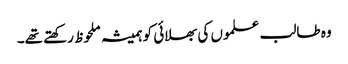
وہ طالب علموں کی بھلائی کو ہمیشہ ملحوظ رکھتے تھے۔